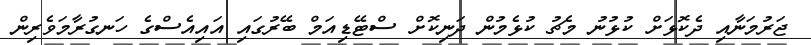
ޖަރުމަނާއި ދެކޮޅަށް ކުޅުނު މެޗު ކުޅެމުން ދަނިކޮށް ސްޓޭޑިއަމް ބޭރުގައި އައިއެސްގެ ހަނގުރާމަވެރިން